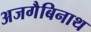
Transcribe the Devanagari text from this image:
अजगैबिनाथ